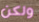
ولكن